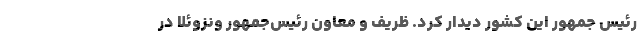
رئیس جمهور این کشور دیدار کرد. ظریف و معاون رئیس‌جمهور ونزوئلا در